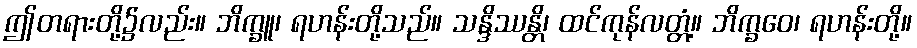
ဤတရားတို့၌လည်း။ ဘိက္ခူ၊ ရဟန်းတို့သည်။ သန္ဒိဿန္တိ၊ ထင်ကုန်လတ္တံ့။ ဘိက္ခဝေ၊ ရဟန်းတို့။